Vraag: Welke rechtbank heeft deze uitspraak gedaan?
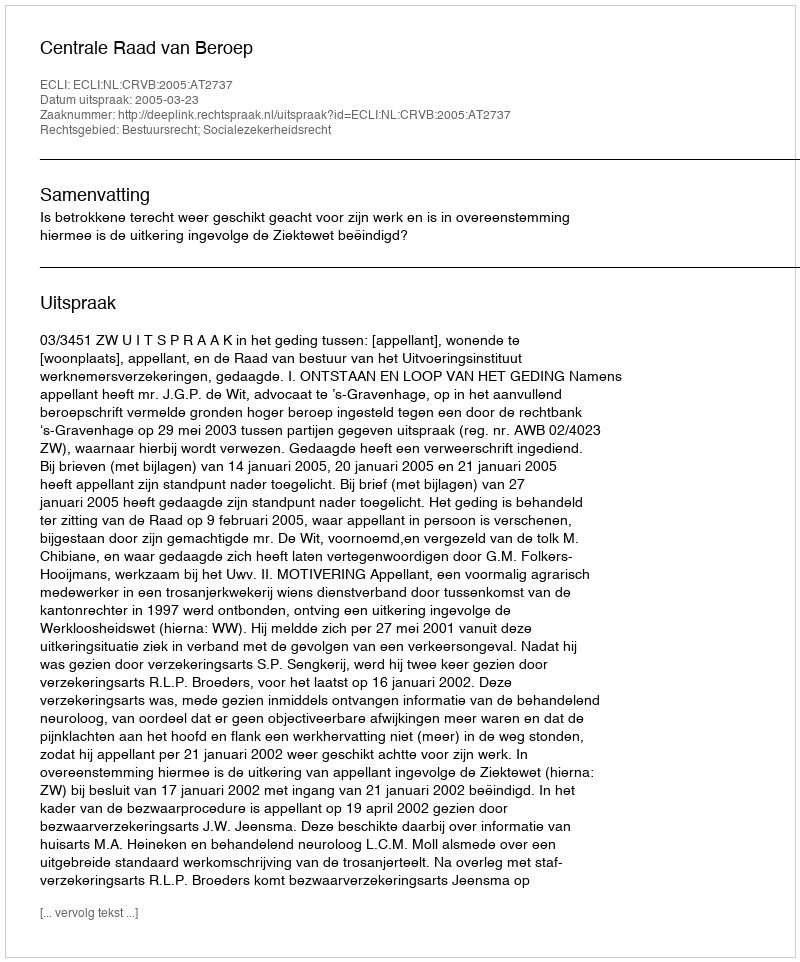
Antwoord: Centrale Raad van Beroep